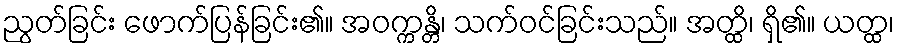
ညွတ်ခြင်း ဖောက်ပြန်ခြင်း၏။ အဝက္ကန္တိ၊ သက်ဝင်ခြင်းသည်။ အတ္ထိ၊ ရှိ၏။ ယတ္ထ၊